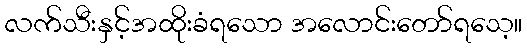
လက်သီးနှင့်အထိုးခံရသော အလောင်းတော်ရသေ့။